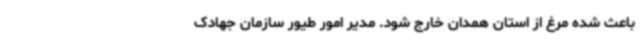
باعث شده مرغ از استان همدان خارج شود. مدیر امور طیور سازمان جهادک